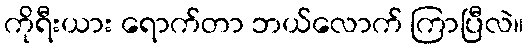
ကိုရီးယား ရောက်တာ ဘယ်လောက် ကြာပြီလဲ။